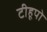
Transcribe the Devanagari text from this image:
टीहूपो